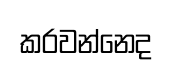
කරවන්නෙද